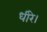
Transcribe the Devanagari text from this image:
धीरे।